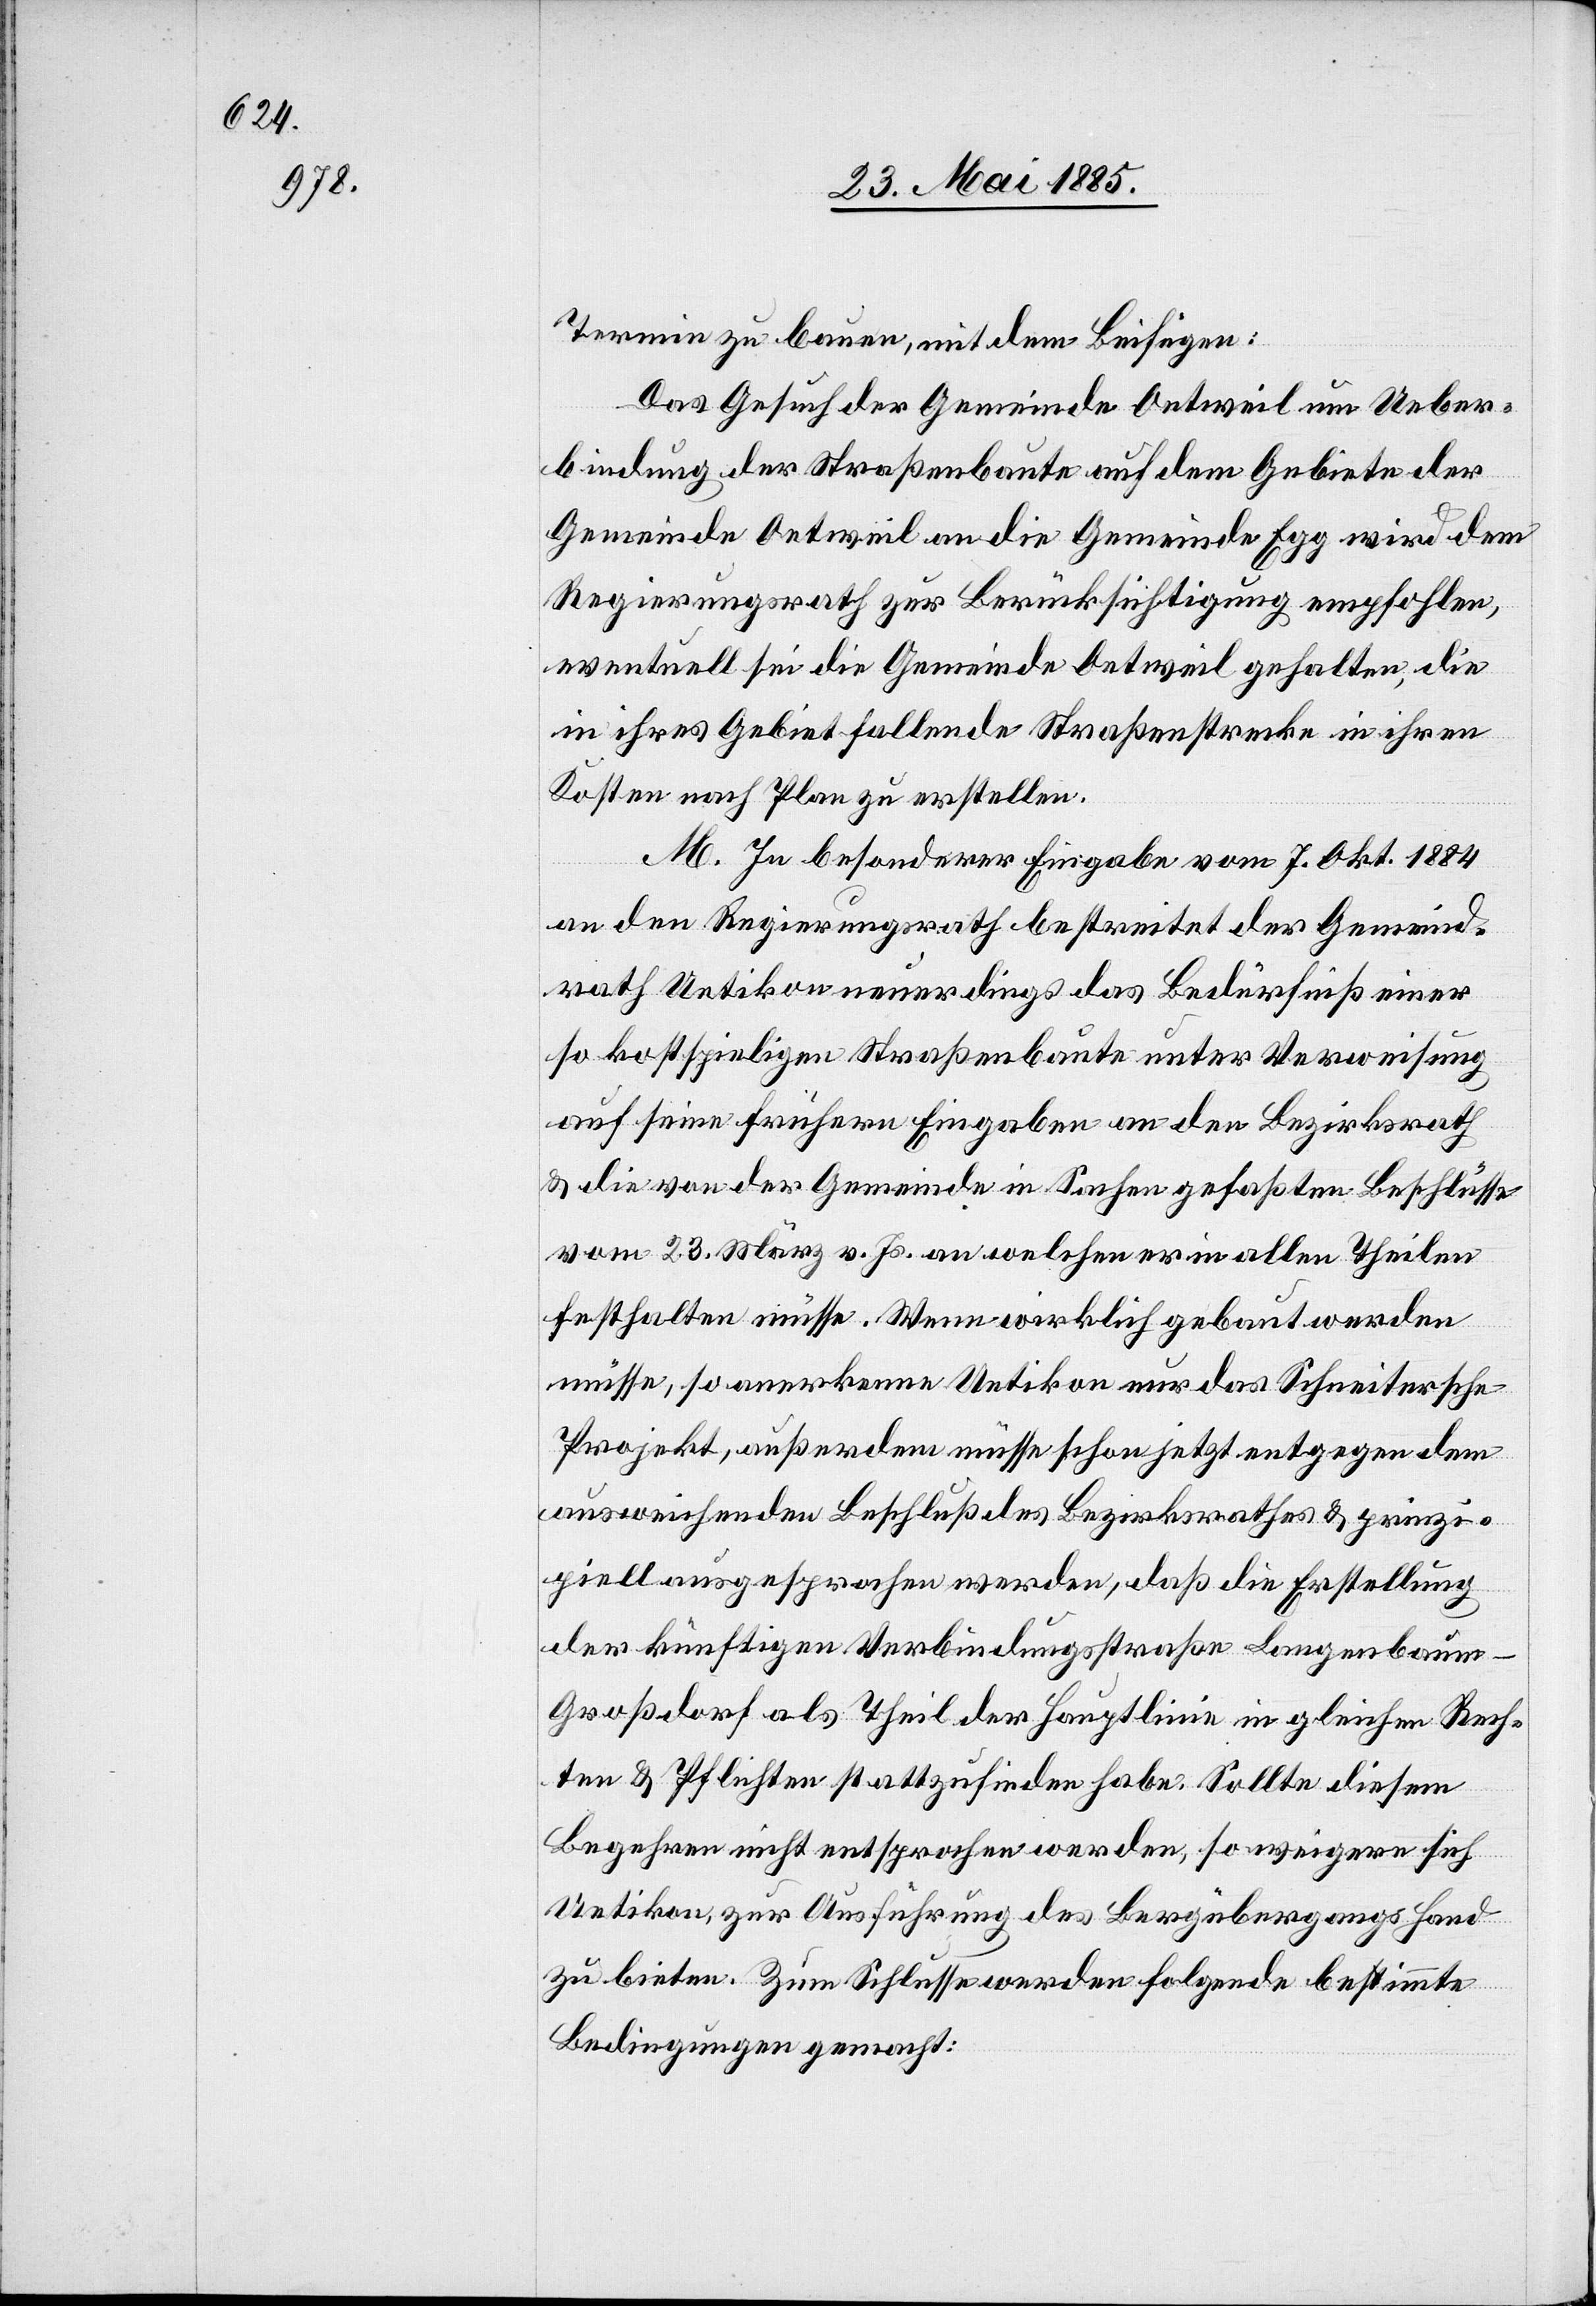
Termin zu bauen, mit dem Beifügen:
Das Gesuch der Gemeinde Oetweil um Ueber¬
bindung der Straßenbaute auf dem Gebiete der
Gemeinde Oetweil an die Gemeinde Egg wird dem
Regierungsrath zur Berücksichtigung empfohlen,
eventuell sei die Gemeinde Oetweil gehalten, die
in ihres Gebiet fallende Straßenstrecke in ihren
Kosten nach Plan zu erstellen.
M. In besonderer Eingabe vom 7. Okt. 1884
an den Regierungsrath bestreitet der Gemeind¬
rath Uetikon neuerdings das Bedürfniß einer
so kostspieligen Straßenbaute unter Verweisung
auf seine frühern Eingaben an den Bezirksrath
& die von der Gemeinde in Sachen gefaßten Beschlüsse
vom 28. März v. Js. an welchen er in allen Theilen
festhalten müsse. Wenn wirklich gebaut werden
müsse, so anerkenne Uetikon nur das Schneitersche
Projekt, außerdem müsse schon jetzt entgegen dem
ausweichenden Beschluß des Bezirksrathes & prinzi¬
piell ausgesprochen werden, daß die Erstellung
der künftigen Verbindungsstraße Langenbaum–G¬
roßdorf als Theil der Hauptlinie in gleichen Rech¬
ten & Pflichten stattzufinden habe. Sollte diesen
Begehren nicht entsprochen werden, so weigere sich
Uetikon zur Ausführung des Bergübergangs Hand
zu bieten. Zum Schlusse werden folgende bestimmte
Bedingungen gemacht: